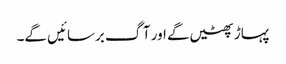
پہاڑ پھٹیں گے اور آگ برسائیں گے۔